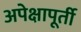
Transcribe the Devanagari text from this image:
अपेक्षापूर्ती